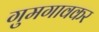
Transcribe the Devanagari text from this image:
गुमगावकर